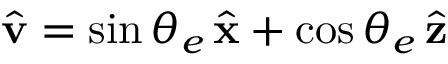
\hat { \bf v } = \sin \theta _ { e } \, \hat { \bf x } + \cos \theta _ { e } \, \hat { \bf z }